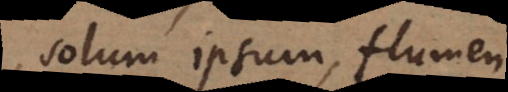
solum ipsum, flumen